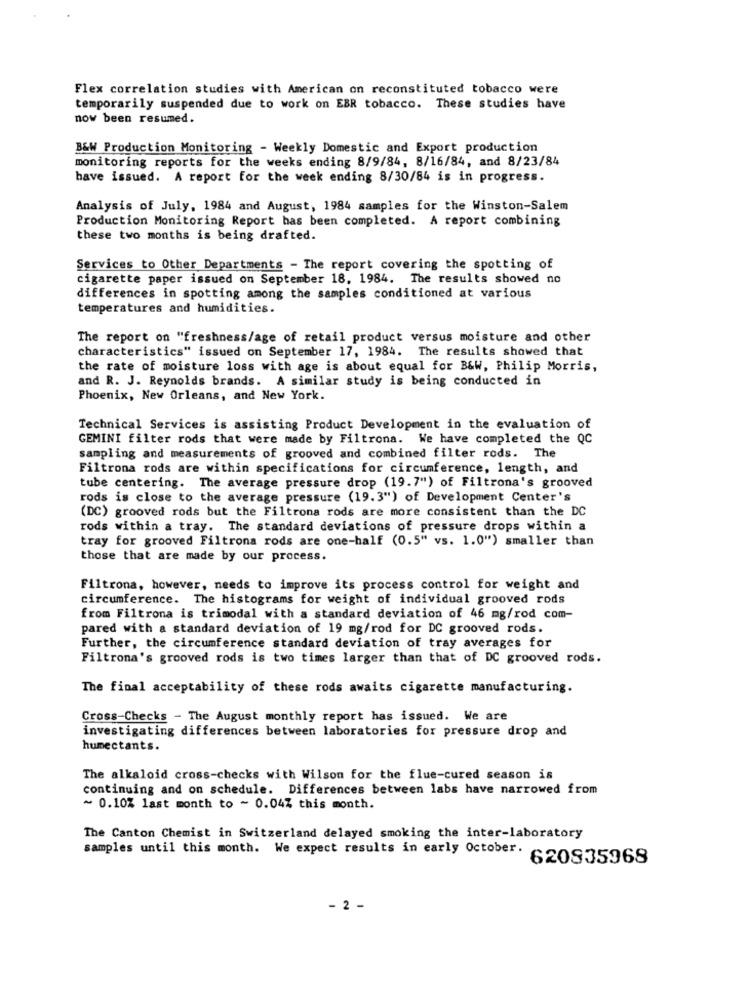
Flex correlation studies with American on reconstituted tobacco were
temporarily suspended due to work on EBR tobacco. These studies have
now been resumed.
B&W Production Monitoring - Weekly Domestic and Export production
monitoring reports for the weeks ending 8/9/84, 8/16/84, and 8/23/84
have issued. A report for the week ending 8/30/84 is in progress.
Analysis of July, 1984 and August, 1984 samples for the Winston-Salem
Production Monitoring Report has been completed. A report combining
these two months is being drafted.
Services to Other Departments - The report covering the spotting of
cigarette paper issued on September 18. 1984. The results showed no
differences in spotting among the samples conditioned at various
temperatures and humidities.
The report on "freshness/age of retail product versus moisture and other
characteristics" issued on September 17, 1984. The results showed that
the rate of moisture loss with age is about equal for B&W, Philip Morris,
and R. J. Reynolds brands. A similar study is being conducted in
Phoenix, New Orleans, and New York.
Technical Services is assisting Product Development in the evaluation of
GEMINI filter rods that were made by Filtrona. We have completed the QC
sampling and measurements of grooved and combined filter rods. The
Filtrona rods are within specifications for circumference, length, and
tube centering. The average pressure drop (19.7") of Filtrona's grooved
rods is close to the average pressure (19.3") of Development Center's
(DC) grooved rods but the Filtrona rods are more consistent than the DC
rods within a tray. The standard deviations of pressure drops within a
tray for grooved Filtrona rods are one-half (0.5" vs. 1.0") smaller than
those that are made by our process.
Filtrona, however, needs to improve its process control for weight and
circumference. The histograms for weight of individual grooved rods
from Filtrona is trimodal with a standard deviation of 46 mg/rod com-
pared with a standard deviation of 19 mg/rod for DC grooved rods.
Further, the circumference standard deviation of tray averages for
Filtrona's grooved rods is two times larger than that of DC grooved rods.
The final acceptability of these rods awaits cigarette manufacturing.
Cross-Checks - The August monthly report has issued. We are
investigating differences between laboratories for pressure drop and
humectants.
The alkaloid cross-checks with Wilson for the flue-cured season is
continuing and on schedule. Differences between labs have narrowed from
~ 0.10% last month to - 0.04% this month.
The Canton Chemist in Switzerland delayed smoking the inter-laboratory
samples until this month. We expect results in early October. 620835968
- 2 -